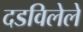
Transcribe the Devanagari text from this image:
दडविलेले